Report on horse surra - Volume II, Part I
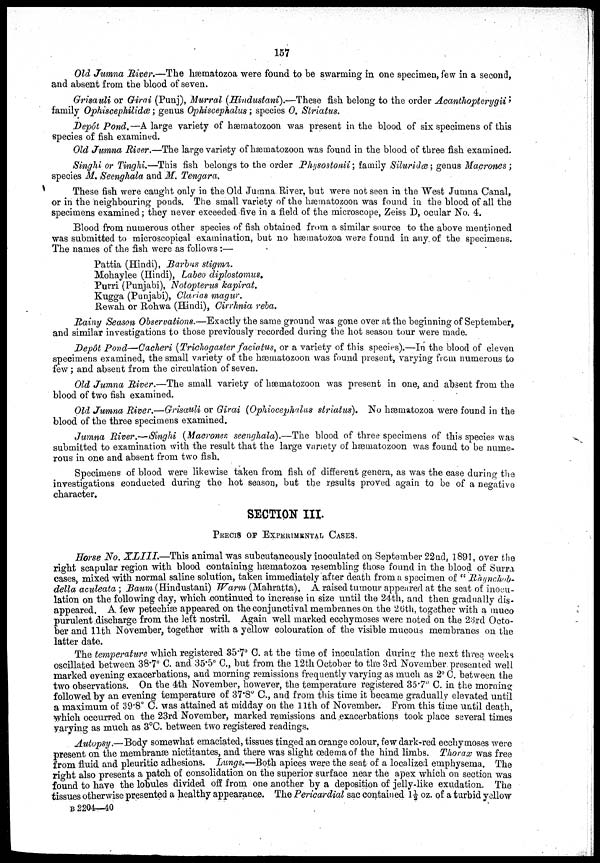
157
Old Jumna River.—The hsematozoa were found to be swarming in one specimen, few in a second,
and absent from the blood of seven.
Grisauli or Girai (Punj), Murral (Hindustani).—These fish belong to the order Acanthopterygii *
family Ophiscephilidde; genus Ophiscephalus; species 0, Striatus.
Depot Pond.—A large variety of hæinatozoon was present in the blood of six specimens of this
species of fish examined.
Old Jumna River.—The large variety of hæmatozoon was found in the blood of three fish examined.
Singhi or Tinghi.—This fish belongs to the order Physostorii; family Siluridæ; genus Macrones ;
species M. Seenghala and M. Tengara.
These fish were caught only in the Old Jumna River, but were not seen in the West Jumna Canal,
or in the neighbouring ponds. The small variety of the hæmatozoon was found in the blood of all the
specimens examined; they never exceeded five in a field of the microscope, Zeiss D, ocular No. 4.
Blood from numerous other species of fish obtained from a similar source to the above mentioned
was submitted to microscopical examination, but no hæmatozoa were found in any. of the specimens.
The names of the fish were as follows:—
Pattia (Hindi), Barbns stigma.
Mohaylee (Hindi), Labeo diplostomus,
Purri (Punjabi), Notopterus kapirat.
Kugga (Punjabi), Clarias magur.
.Rewah or Rohwa (Hindi), Cirrhnia reba.
Rainy Season Observations.—-Exactly the same ground was gone over at the beginning of September,
and similar investigations to those previously recorded during the hot season tour were made.
Depôt Pond—Cacheri (Trichogaster faciatus, or a variety of this species).—In the blood of eleven
specimens examined, the small variety of the hômatozoon was found present, varying from numerous to
few; and absent from the circulation of seven.
Old Jumna River.—The small variety of hæmatozoon was present in one, and absent from the
blood of two fish examined.
Old Jwmna River.—Grisauli or Girai (Ophiocephalus striatus). No hæmatozoa were found in the
blood of the three specimens examined.
Jumna River.—Singhi (Macrones. seenghala).—The blood of three specimens of this species was
submitted to examination with the result that the large variety of hæmatozoon was found to be nume-
rous in one and absent from two fish.
Specimens of blood were likewise taken from fish of different genera, as was the case during the
investigations conducted during the hot season, but the results proved again to be of a negative
character.
SECTION III
PRECIS OF XPERIMENTAL CASES
Horse No. XLIII—This
animal was subcutaneously inoculated on September 22nd, 1891, over the
right scapular region with blood containing hæmatozoa resembling those found in the blood of Surra
cases, mixed with normal saline solution, taken immediately after death from a specimen of " Raynchob-
della aculeata; Baum (Hindustani) Warm (Mahratta). A raised tumour appeared at the seat of inocu-
lation on the following day, which continued to increase in size until the 24th, and then gradually dis-
appeared. A few petechiæ appeared on the conjunctival membranes on the 20th, together with a muco
purulent discharge from the left nostril. Again well marked ecchymoses were noted on the 23rd Octo-
ber and 11th November, together with a yellow colouration of the visible mucous membranes on the
latter date.
The temperature which registered 35.7° C. at the time of inoculation during the next three weeks
oscillated between 38.7° C. and 35.5° C., but from the 12th October to the 3rd November, presented well
marked evening exacerbations, and morning remissions frequently varying as much as 2° C. between the
two observations. On the 4th November, however, the temperature registered 35.7° C. in the morning
followed by an evening temperature of 37.8° C, and from this time it became gradually elevated until
a maximum of 39.8° C. was attained at midday on the 11th of November. From this time until death,
which occurred on the 23rd November, marked remissions and exacerbations took place several times
varying as much as 3°C. between two registered readings.
Autopsy.—Body somewhat emaciated, tissues tinged an orange colour, few dark-red ecchymoses were
present on the membranæ nictitantes, and there was slight oedema of the hind limbs. Thorax was free
from fluid and pleuritic adhesions. Lungs.—Both apices were the seat of a localized emphysema. The
right also presents a patch of consolidation on the superior surface near the apex which on section was
found to have the lobules divided off from one another by a deposition of jelly-like exudation. The
tissues otherwise presented a healthy appearance. The Pericardial sac contained 1½ oz. of a turbid yellow
B 2204—40